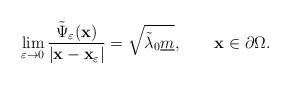
LaTeX: \begin{align*}\lim_{\varepsilon \to 0} \frac{\tilde{\Psi}_{\varepsilon}(\mathbf{x})}{|\mathbf{x}-\mathbf{x}_{\varepsilon}|} = \sqrt{\tilde{\lambda}_0 \underline{m}},\qquad\mathbf{x} \in \partial\Omega.\end{align*}